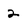
Character: 2